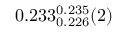
0 . 2 3 3 _ { 0 . 2 2 6 } ^ { 0 . 2 3 5 } ( 2 )